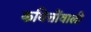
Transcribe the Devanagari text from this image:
कवित्तोंवाली